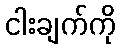
ငါးချက်ကို